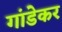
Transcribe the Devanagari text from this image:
गांडेकर